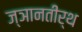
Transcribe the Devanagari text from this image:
ज्ञानतीर्थ